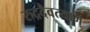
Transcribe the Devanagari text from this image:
रुद्रदैवत्याम्